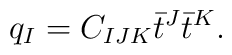
q_I=  C_{IJK} \bar t^J  \bar t^K.